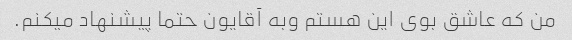
من که عاشق بوی این هستم وبه آقایون حتما پیشنهاد میکنم.